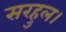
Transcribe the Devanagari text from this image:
सरहुल।